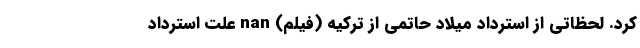
کرد. لحظاتی از استرداد میلاد حاتمی از ترکیه (فیلم) nan علت استرداد